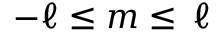
- \ell \leq m \leq \, \ell